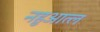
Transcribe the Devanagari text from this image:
नहुआत्ल